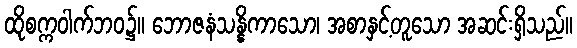
ထိုစက္ကဝါက်ဘဝ၌။ ဘောဇနံသန္နိကာသော၊ အစာနှင့်တူသော အဆင်းရှိသည်။